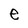
Character: e